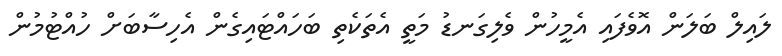
ލައިލް ބަލަން އޮވެފައި އެމީހުން ވެލިގަނޑު މަތީ އެތަކެތި ބަހައްޓައިގެން އެހިސާބަށް ހުއްޓުމުން